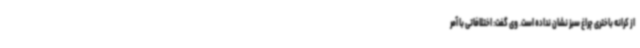
از کرانه باختری چراغ سبز نشان نداده است. وی گفت: اختلافاتی با آمر